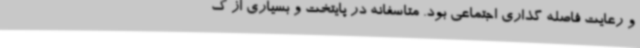
و رعایت فاصله گذاری اجتماعی بود. متاسفانه در پایتخت و بسیاری از ک